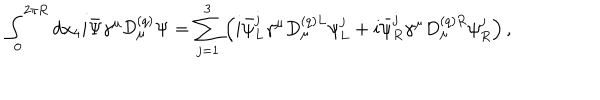
\int _ { 0 } ^ { 2 \pi R } d x _ { 4 } i \bar { \Psi } \gamma ^ { \mu } { \cal D } _ { \mu } ^ { ( q ) } \Psi = \sum _ { j = 1 } ^ { 3 } \left( i \bar { \psi } _ { L } ^ { j } \gamma ^ { \mu } D _ { \mu } ^ { ( q ) L } \psi _ { L } ^ { j } + i \bar { \psi } _ { R } ^ { j } \gamma ^ { \mu } D _ { \mu } ^ { ( q ) R } \psi _ { R } ^ { j } \right) ,